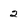
Character: 2